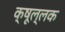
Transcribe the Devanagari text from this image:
क्षूल्लक